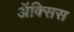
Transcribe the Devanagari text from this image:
ॲक्सिस